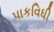
પાકવિધી